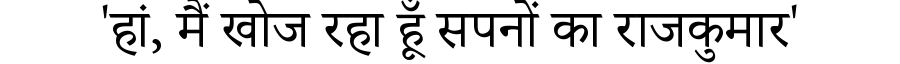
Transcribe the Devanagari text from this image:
'हां, मैं खोज रहा हूँ सपनों का राजकुमार'